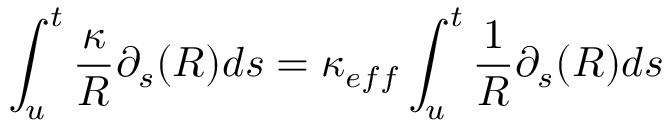
\int _ { u } ^ { t } \frac { \kappa } { R } \partial _ { s } ( R ) d s = \kappa _ { e f f } \int _ { u } ^ { t } \frac { 1 } { R } \partial _ { s } ( R ) d s